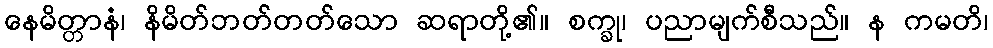
နေမိတ္တာနံ၊ နိမိတ်ဘတ်တတ်သော ဆရာတို့၏။ စက္ခု၊ ပညာမျက်စီသည်။ န ကမတိ၊